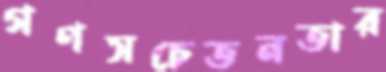
গণসচেতনতার